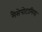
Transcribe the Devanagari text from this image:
मैसेपोटामिया